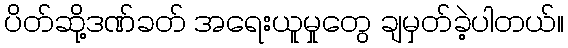
ပိတ်ဆို့ဒဏ်ခတ် အရေးယူမှုတွေ ချမှတ်ခဲ့ပါတယ်။